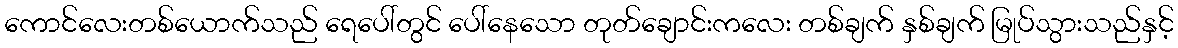
ကောင်လေးတစ်ယောက်သည် ရေပေါ်တွင် ပေါ်နေသော တုတ်ချောင်းကလေး တစ်ချက် နှစ်ချက် မြုပ်သွားသည်နှင့်